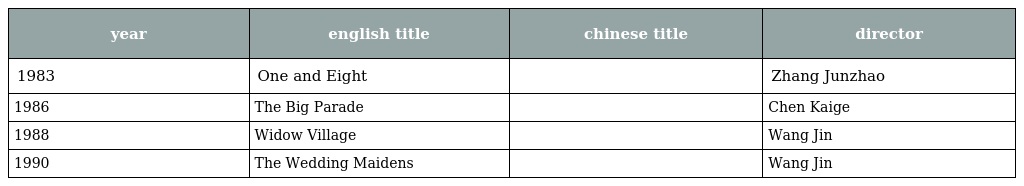
| year | english title | chinese title | director |
 | --- | --- | --- | --- |
 | 1983 | One and Eight | 一个和八个 | Zhang Junzhao |
 | 1986 | The Big Parade | 大阅兵 | Chen Kaige |
 | 1988 | Widow Village | 寡妇村 | Wang Jin |
 | 1990 | The Wedding Maidens | 出嫁女 | Wang Jin |